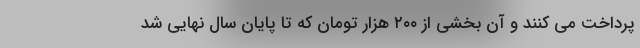
پرداخت می کنند و آن بخشی از ۲۰۰ هزار تومان که تا پایان سال نهایی شد